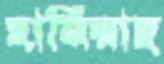
হানিয়াছ